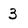
Character: 3